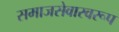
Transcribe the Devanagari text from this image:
समाजसेवास्वरूप